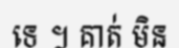
ទេ ។ គាត់ មិន